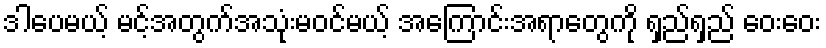
ဒါပေမယ့် မင့်အတွက်အသုံးမဝင်မယ့် အကြောင်းအရာတွေကို ရှည်ရှည် ဝေးဝေး